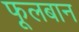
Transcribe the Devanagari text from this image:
फूलबान